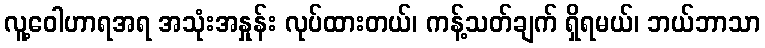
လူ့ဝေါဟာရအရ အသုံးအနှုန်း လုပ်ထားတယ်၊ ကန့်သတ်ချက် ရှိရမယ်၊ ဘယ်ဘာသာ